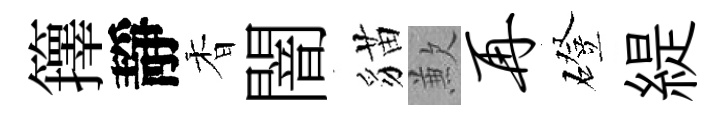
籜靜香闇貓歉再磴緹